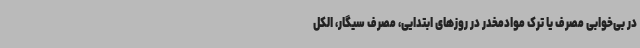
در بی‌خوابی مصرف یا ترک موادمخدر در روزهای ابتدایی، مصرف سیگار، الکل